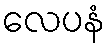
လေပနံ